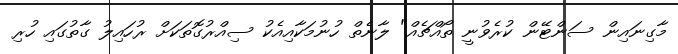
މާގިނައިން ސަންޓޭން ކުރެވުނީ ތޯއްޗެއް" ލާނެތް ހުނުމަކާއިއެކު ސިއްރުގޮތަކަށް ރުހައިލު ގާތުގައި ހުރި